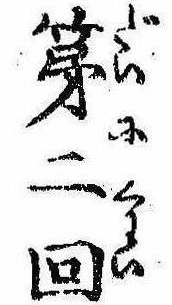
第二回